system: You are a helpful assistant.
user:
Analyze the provided spectrum to determine if it is a **"Cataclysmic Variables (CV)"**.

- **Key Indicators for CV (Check for either state):**
    - **State 1: Quiescent / Low-State (Emission-Dominated)**
        - **(Primary):** Strong and *very broad* Hydrogen Balmer emission lines (e.g., $H\alpha$ at 6563 Å, $H\beta$ at 4861 Å). The 'broadness' (high velocity dispersion, often FWHM > 1000 km/s) is the key diagnostic, indicating a high-velocity accretion disk.
        - **(Secondary):** Broad neutral Helium (He I) emission lines (e.g., 5876 Å, 6678 Å).
        - **(Key Confirmation):** Presence of high-excitation *ionized* Helium (He II) emission at 4686 Å. This is a strong indicator of accretion onto a white dwarf.
        - **(Line Profile):** Emission lines may exhibit a 'double-peaked' profile, which is a classic signature of a rotating accretion disk viewed at high inclination.

    - **State 2: Outburst / High-State (Absorption-Dominated)**
        - **(Primary):** Spectrum is dominated by a bright, blue continuum (looks like a hot star).
        - **(Secondary):** The emission lines from State 1 are weak, absent, or 'filled in', and are replaced by broad, shallow *absorption* lines (primarily Balmer and He I).
        - **(Morphology):** The overall spectrum mimics a hot B/A-type star. The crucial difference is that the absorption lines are significantly broader, shallower, and more 'washed-out' (or 'smeared') than the sharp lines of a normal stellar photosphere, due to high rotational speeds and pressure broadening in the disk.

Think first, call **spectral_visualization_tool** if needed to examine features in detail, then provide your final answer. Your response must adhere to the following strict rules:
1.  **Overall Structure:** Your response must follow the format `<think>...</think> <tool_call>...</tool_call> (if a tool is used) <answer>...</answer>`.
2.  **Tool Usage Constraint:** You may only make **one** tool call per turn.
3.  **Final Answer Format:** In the `<answer>` tag, your conclusion must be inside a `\boxed{}` command (e.g., `\boxed{YES}`), followed by your justification.

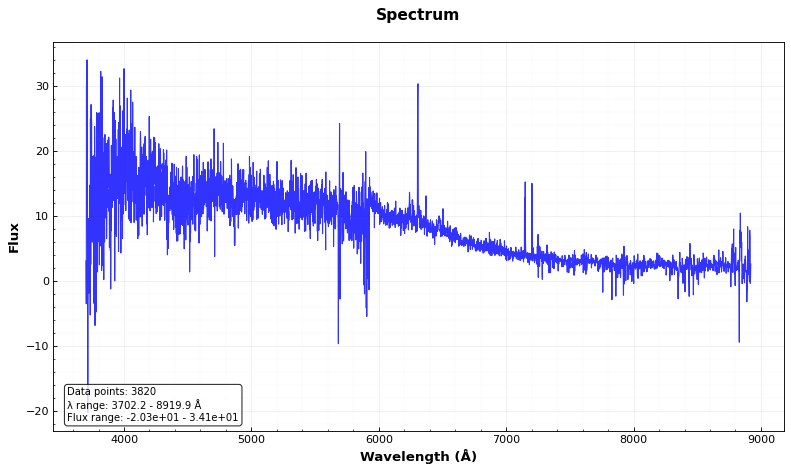
Answer: NO